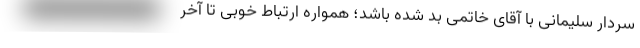
سردار سلیمانی با آقای خاتمی بد شده باشد؛ همواره ارتباط خوبی تا آخر